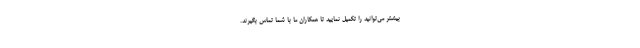
بیشتر می‌توانید را تکمیل نمایید تا همکاران ما با شما تماس بگیرند.